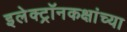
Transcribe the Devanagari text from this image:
इलेक्ट्रॉनकक्षांच्या